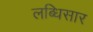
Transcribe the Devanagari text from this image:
लब्धिसार